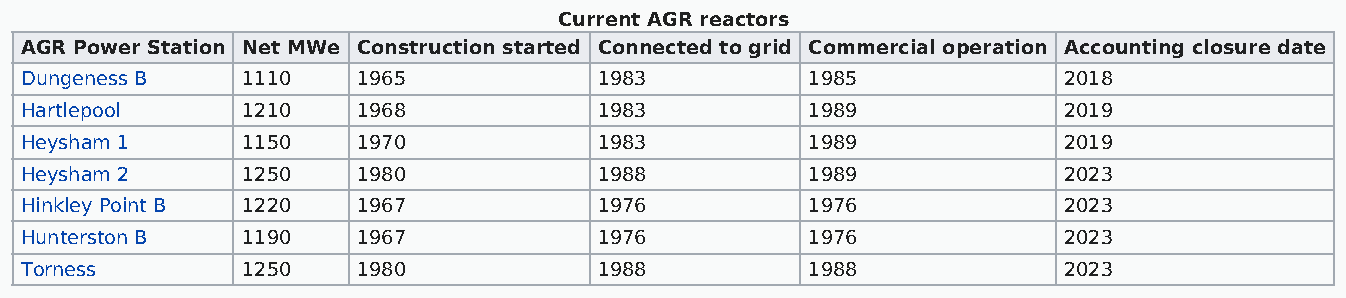
Current AGR reactors
 AGR Power Station Net MWe Construction started Connected to grid Commercial operation Accounting closure date
 Dungeness B    1110    1965            1983          1985            2018
 Hartlepool     1210    1968            1983          1989            2019
 Heysham 1      1150    1970            1983          1989            2019
 Heysham 2      1250    1980            1988          1989            2023
 Hinkley Point B 1220   1967            1976          1976            2023
 Hunterston B   1190    1967            1976          1976            2023
 Torness        1250    1980            1988          1988            2023